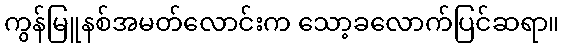
ကွန်မြူနစ်အမတ်လောင်းက သော့ခလောက်ပြင်ဆရာ။